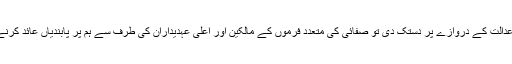
جب ہم نے اپنے حقوق کے لئے عدالت کے دروازے پر دستک دی تو صفائی کی متعدد فرموں کے مالکین اور اعلٰی عہدیداران کی طرف سے ہم پر پابندیاں عائد کرنے کی دھمکیاں ملنا شروع ہوگئیں۔